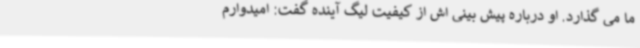
ما می گذارد. او درباره پیش بینی اش از کیفیت لیگ آینده گفت: امیدوارم